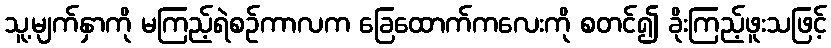
သူ့မျက်နှာကို မကြည့်ရဲစဉ်ကာလက ခြေထောက်ကလေးကို စတင်၍ ခိုးကြည့်ဖူးသဖြင့်